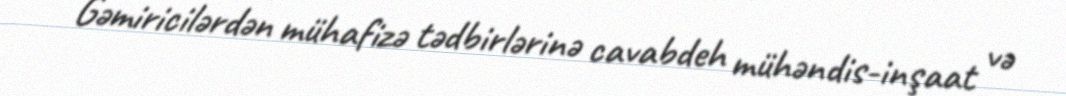
Gəmiricilərdən mühafizə tədbirlərinə cavabdeh mühəndis-inşaat və